DOW-UAP-D23, Mission Report, United Arab Emirates, October 2023
Agency: Department of War
Incident date: 10/31/23
Incident location: Persian Gulf
Page 9
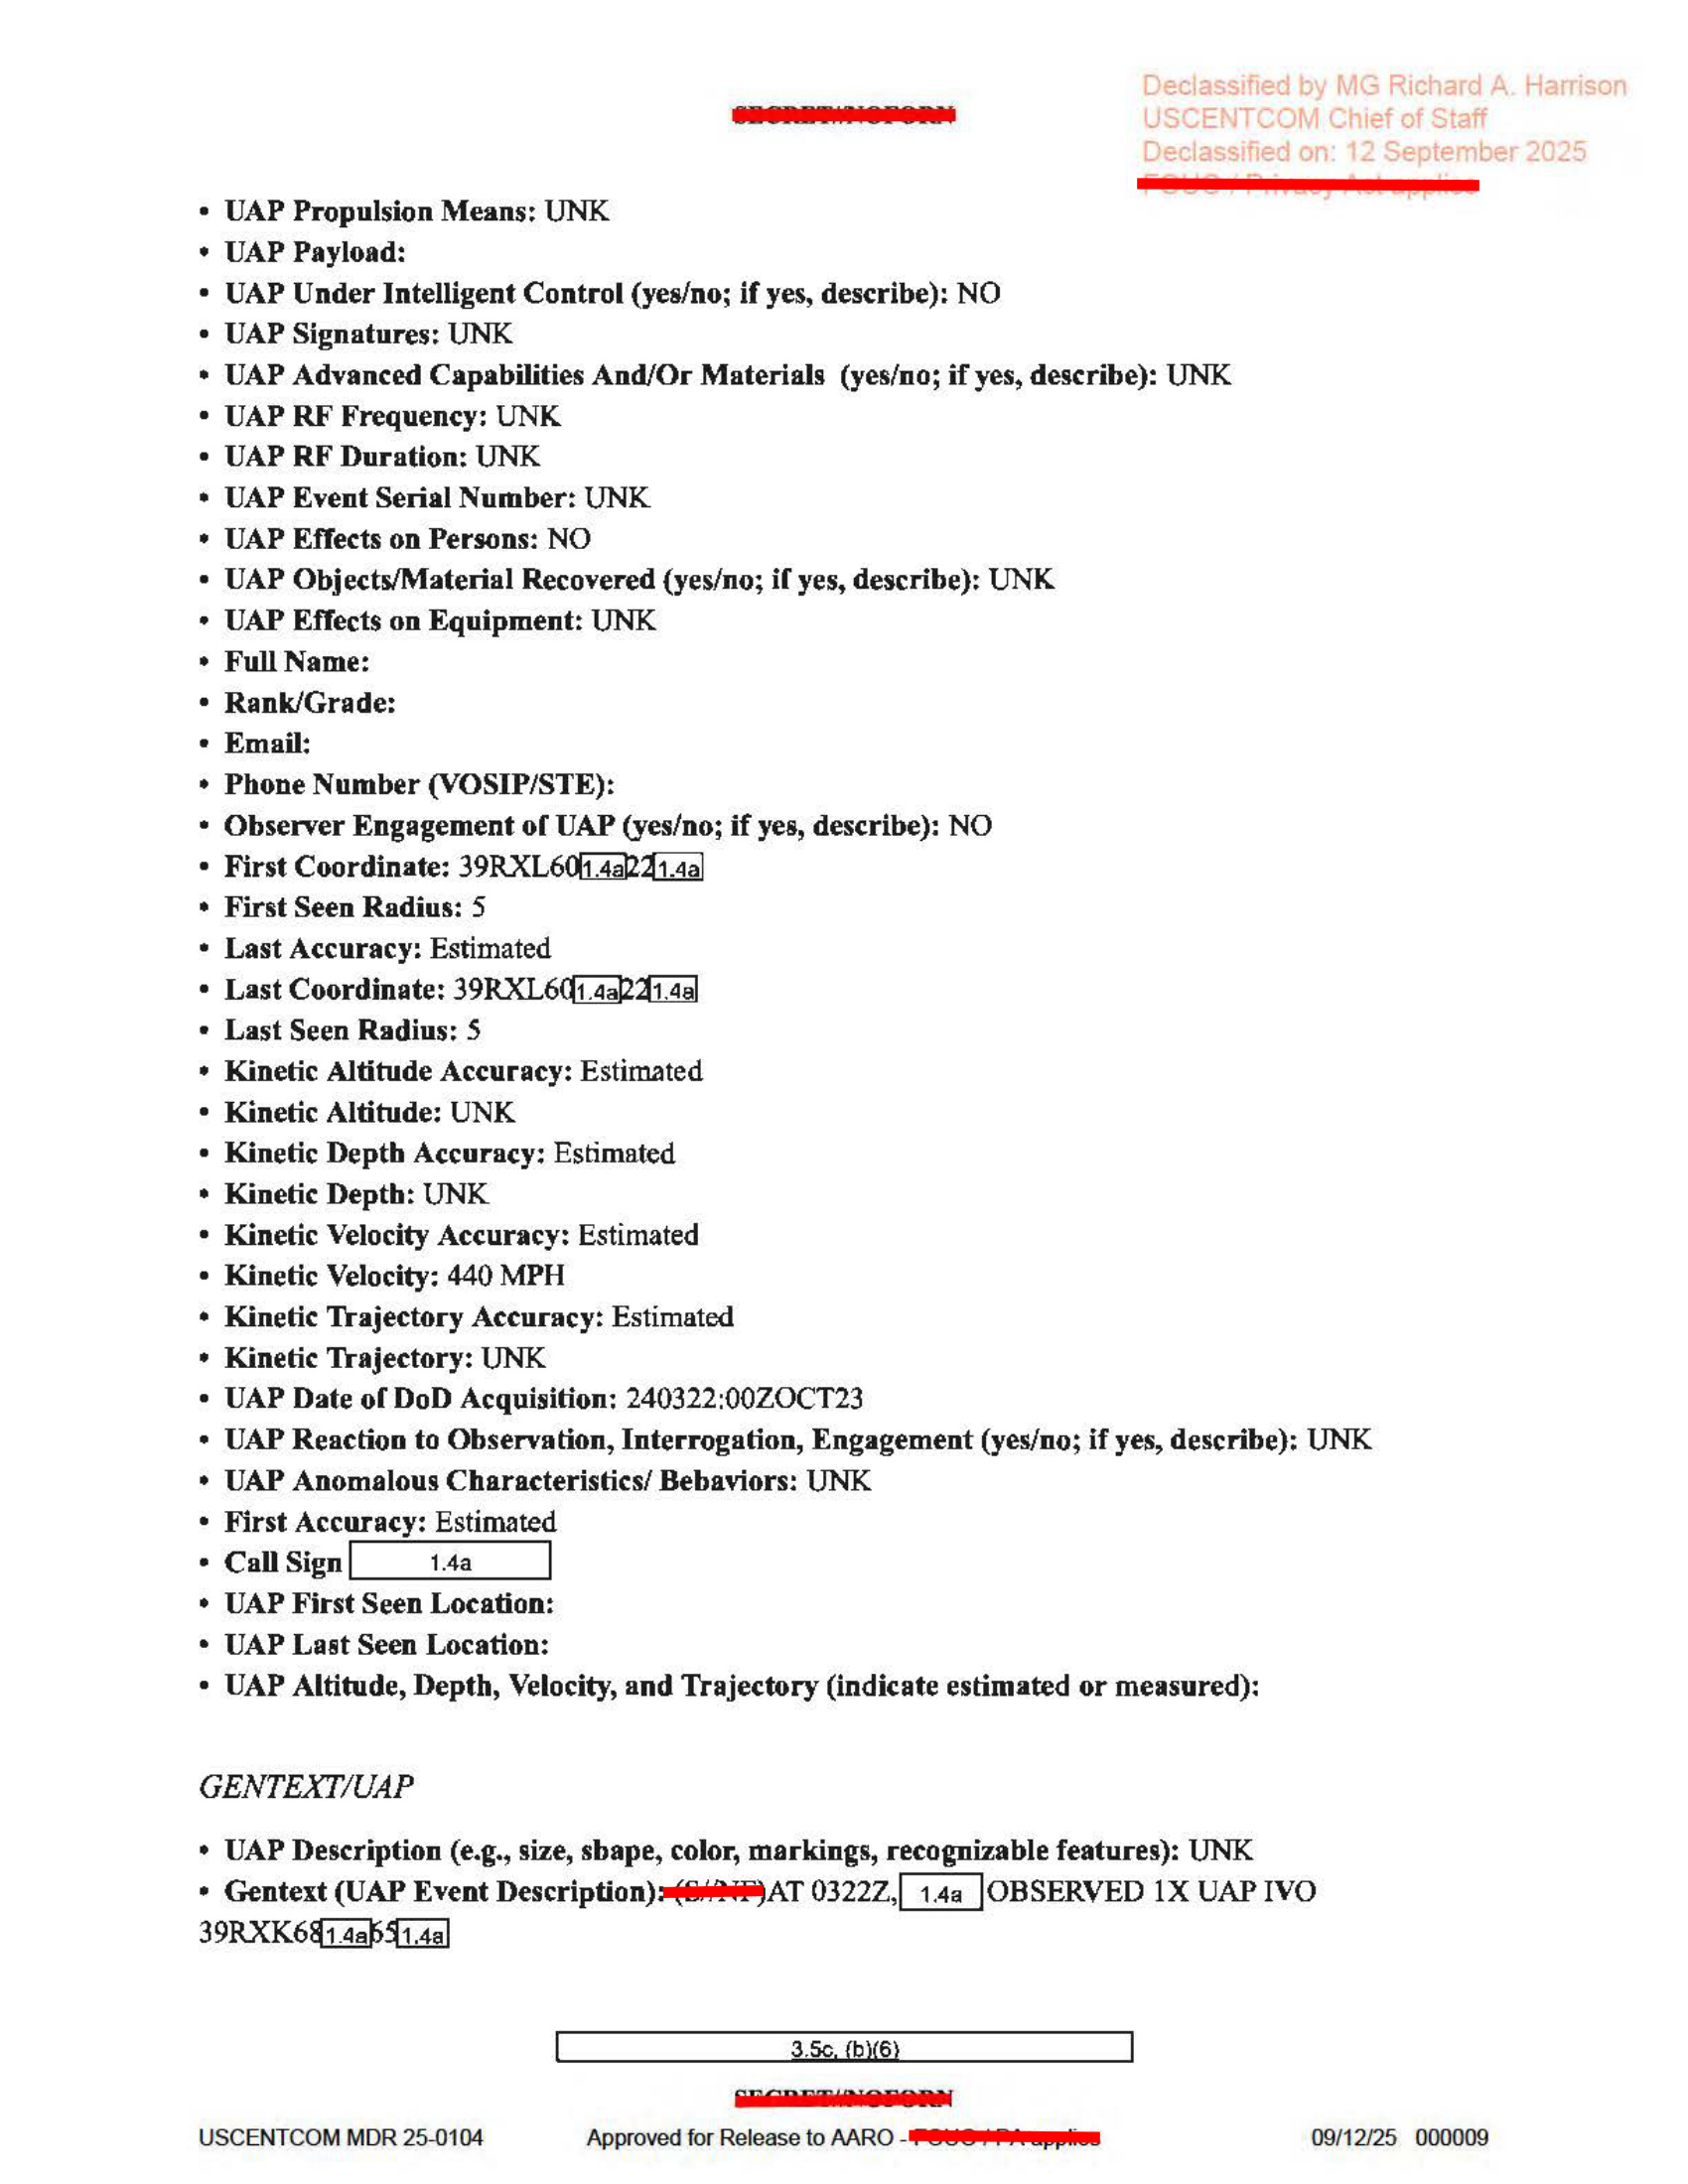